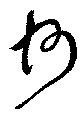
州